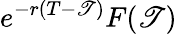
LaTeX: e^{-r(T-\mathscr{T})}F(\mathscr{T})